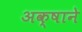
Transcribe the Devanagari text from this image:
अक्षाने